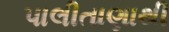
પાલીતાણાથી